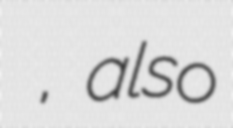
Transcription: ابادموسه لي, also